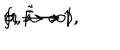
f , \tilde { f } \to 1 , \hspace { 3 m m } a , \tilde { a } \to 1 \hspace { 3 m m } ( r \to \infty ) .